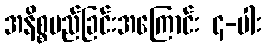
အနိစ္စမည်ခြင်းအကြောင်း ၄-ပါး